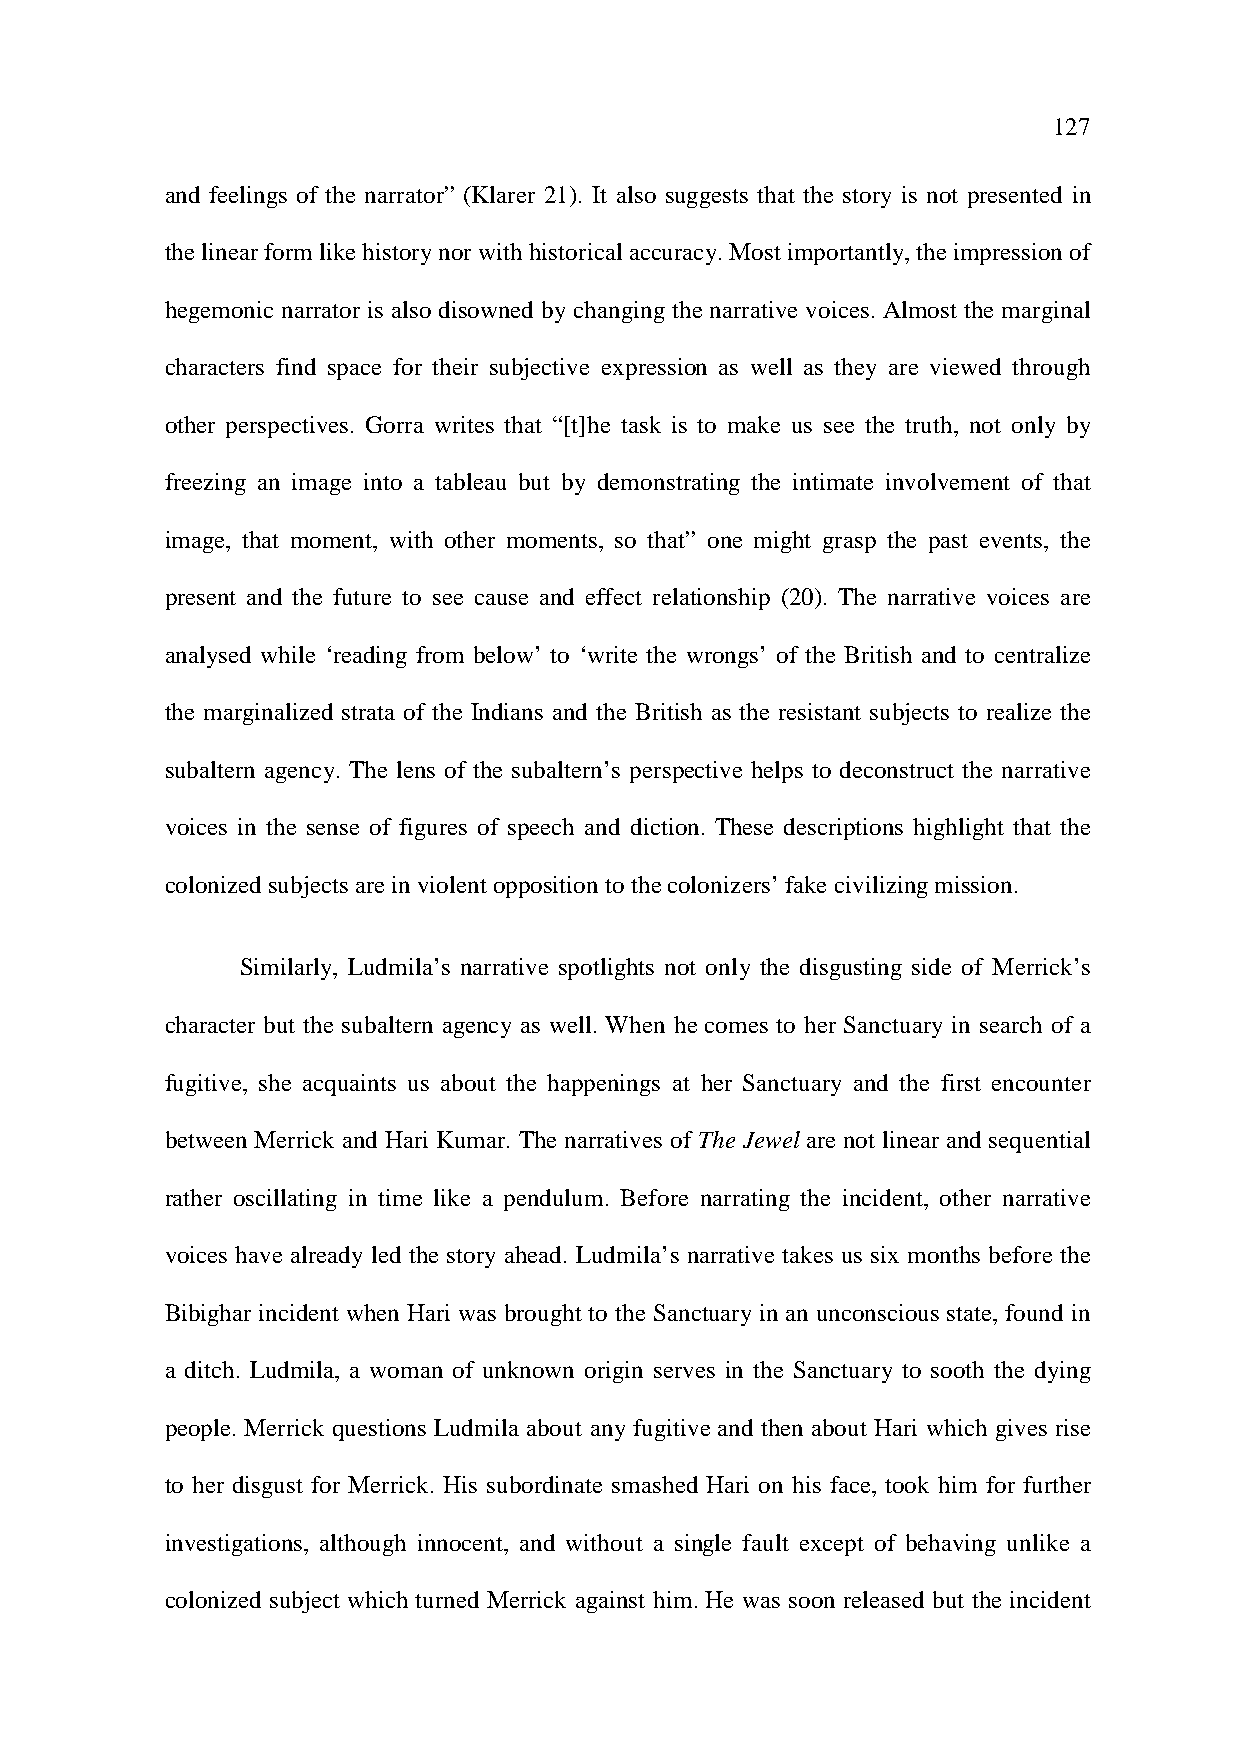
127
 and feelings of the narrator” (Klarer 21). It also suggests that the story is not presented in
 the linear form like history nor with historical accuracy. Most importantly, the impression of
 hegemonic narrator is also disowned by changing the narrative voices. Almost the marginal
 characters find space for their subjective expression as well as they are viewed through
 other perspectives. Gorra writes that “[t]he task is to make us see the truth, not only by
 freezing an image into a tableau but by demonstrating the intimate involvement of that
 image, that moment, with other moments, so that” one might grasp the past events, the
 present and the future to see cause and effect relationship (20). The narrative voices are
 analysed while ‘reading from below’ to ‘write the wrongs’ of the British and to centralize
 the marginalized strata of the Indians and the British as the resistant subjects to realize the
 subaltern agency. The lens of the subaltern’s perspective helps to deconstruct the narrative
 voices in the sense of figures of speech and diction. These descriptions highlight that the
 colonized subjects are in violent opposition to the colonizers’ fake civilizing mission.
 Similarly, Ludmila’s narrative spotlights not only the disgusting side of Merrick’s
 character but the subaltern agency as well. When he comes to her Sanctuary in search of a
 fugitive, she acquaints us about the happenings at her Sanctuary and the first encounter
 between Merrick and Hari Kumar. The narratives of The Jewel are not linear and sequential
 rather oscillating in time like a pendulum. Before narrating the incident, other narrative
 voices have already led the story ahead. Ludmila’s narrative takes us six months before the
 Bibighar incident when Hari was brought to the Sanctuary in an unconscious state, found in
 a ditch. Ludmila, a woman of unknown origin serves in the Sanctuary to sooth the dying
 people. Merrick questions Ludmila about any fugitive and then about Hari which gives rise
 to her disgust for Merrick. His subordinate smashed Hari on his face, took him for further
 investigations, although innocent, and without a single fault except of behaving unlike a
 colonized subject which turned Merrick against him. He was soon released but the incident